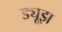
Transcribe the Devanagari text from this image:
ड्यूझ